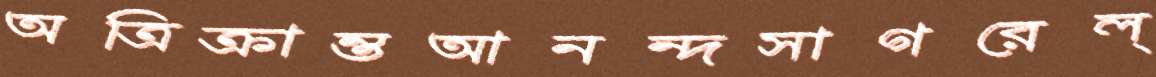
অত্রিক্রান্তআনন্দসাগরেল্